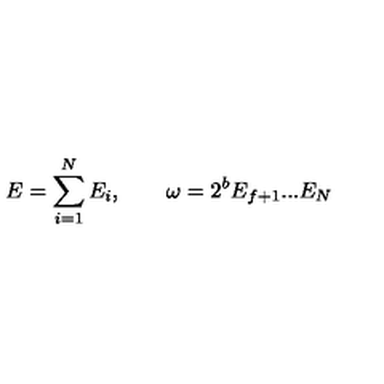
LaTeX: E = \sum _ { i = 1 } ^ { N } E _ { i } , \qquad \omega = 2 ^ { b } E _ { f + 1 } . . . E _ { N }